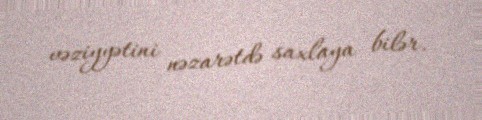
vəziyyətini nəzarətdə saxlaya bilər.